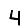
Digit: 4